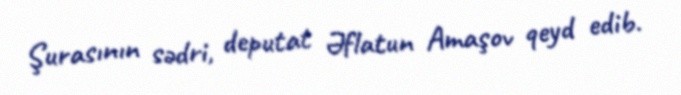
Şurasının sədri, deputat Əflatun Amaşov qeyd edib.